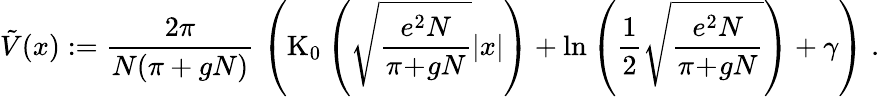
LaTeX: \tilde{V}(x):=\frac{2\pi}{N(\pi+gN)}\; \left(\mathrm{K}_{0}\left(\sqrt{\frac{e^{2}N}{\pi\! +\! gN}}|x|\right)+\ln\left(\frac{1}{2}\sqrt{\frac{e^{2}N}{\pi\! +\! gN}}\right)+\gamma\right)\; .